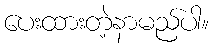
ပေးထားတဲ့နာမည်ပါ။